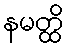
နမတ္ထိ